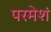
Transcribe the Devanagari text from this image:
परमेशं